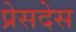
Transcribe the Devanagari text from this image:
प्रेसदेस